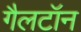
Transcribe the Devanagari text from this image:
गैलटॉन